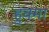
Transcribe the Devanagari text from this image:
हुक्मा